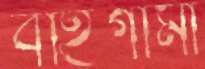
বহির্গামী